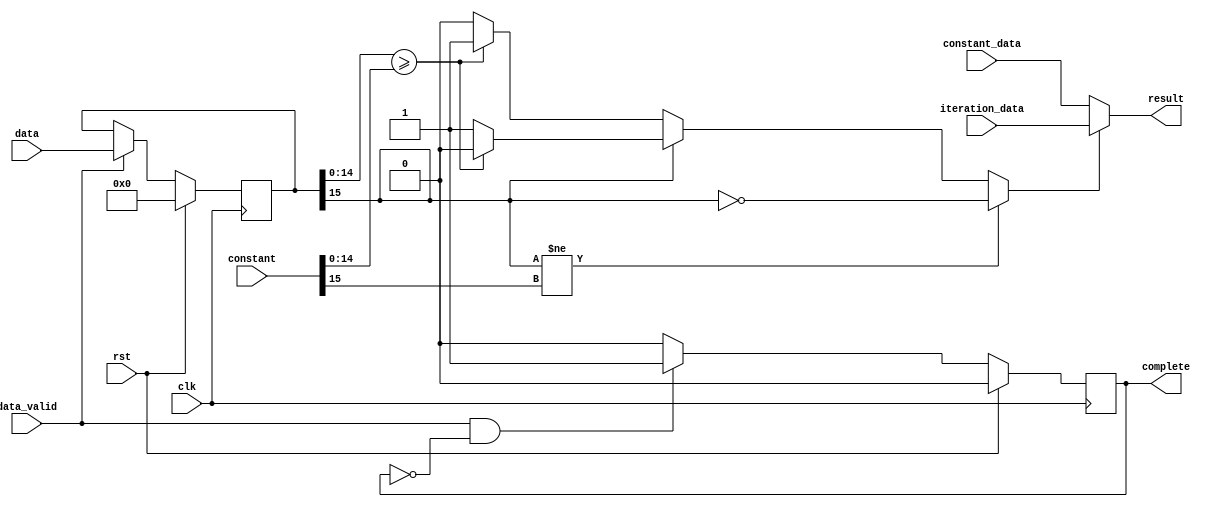
`timescale 1ps/1ps

module compare(data,iteration_data,constant_data,constant,data_valid,rst,clk,result,complete);

input wire [15:0]data;
input wire [15:0]constant;
input wire [15:0]iteration_data;
input wire [15:0]constant_data;

input wire data_valid;
input wire rst;
input wire clk;

output wire [15:0]result;
output reg complete;

reg [15:0]data_temp;
reg [15:0]result_temp;
reg select_signal;

always @(posedge clk)
begin
    if(rst)
    begin
        data_temp <= 'd0;
    end
    else 
    begin
        if(data_valid)
        begin
            data_temp <= data;
        end
    end
end

always @(posedge clk)
begin
    if(rst)
    begin
        complete <= 'd0;
    end
    else
    begin
        if(data_valid&&!complete)
        begin
            complete <= 1'b1;
        end
        else
        begin
            complete <= 1'd0;
        end
    end
end

always@(*)
begin
    if(data_temp[15] != constant[15])
    begin
        select_signal = ~data_temp[15];
    end
    else
    begin
        if(data_temp[15] == 1'b0)
        begin
            if(data_temp[14:0]>= constant[14:0])
            begin
                select_signal = 1'b1;
            end
            else
            begin
                select_signal = 1'b0;
            end
        end
        else
        begin
            if(data_temp[14:0]>= constant[14:0])
            begin
                select_signal = 1'b0;
            end
            else
            begin
                select_signal = 1'b1;
            end
        end
    end
end


always @(*)
begin
    if(select_signal == 1'b1)
    begin
        result_temp = iteration_data;
    end
    else
    begin
        result_temp = constant_data;
    end
end

assign result = result_temp;

endmodule